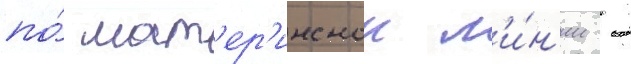
по́ мат'ер'инскои л'и́н'ии -